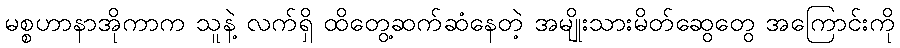
မစ္စဟာနာအိုကာက သူနဲ့ လက်ရှိ ထိတွေ့ဆက်ဆံနေတဲ့ အမျိုးသားမိတ်ဆွေတွေ အကြောင်းကို